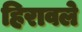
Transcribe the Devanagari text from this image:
हिरावले